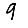
Digit: 9